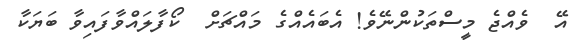
އޭ  ވެއްޖެ މީސްތަކުންނޭވެ! އެބައެއްގެ މައްޗަށް  ކޯފާލައްވާފައިވާ ބަޔަކާ